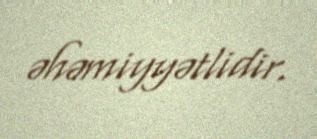
əhəmiyyətlidir.